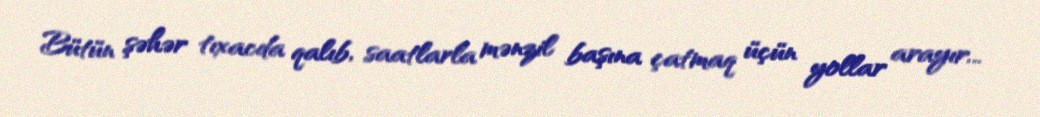
Bütün şəhər tıxacda qalıb, saatlarla mənzil başına çatmaq üçün yollar arayır...